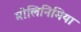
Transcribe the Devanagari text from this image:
मोलिनिमिया